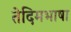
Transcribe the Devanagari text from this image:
तेदिमभाषा